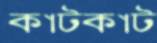
কাটকাট